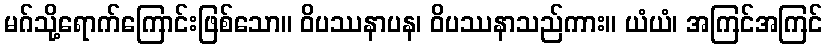
မဂ်သို့ရောက်ကြောင်းဖြစ်သော။ ဝိပဿနာပန၊ ဝိပဿနာသည်ကား။ ယံယံ၊ အကြင်အကြင်